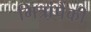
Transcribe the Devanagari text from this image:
मित्रांपैकी